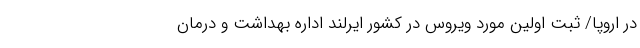
در اروپا/ ثبت اولین مورد ویروس در کشور ایرلند اداره بهداشت و درمان